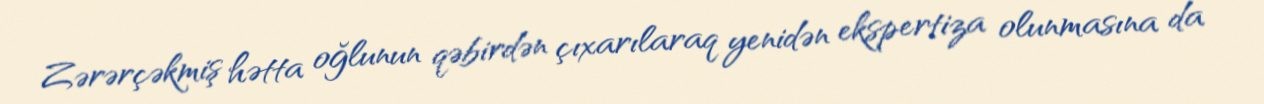
Zərərçəkmiş hətta oğlunun qəbirdən çıxarılaraq yenidən ekspertiza olunmasına da